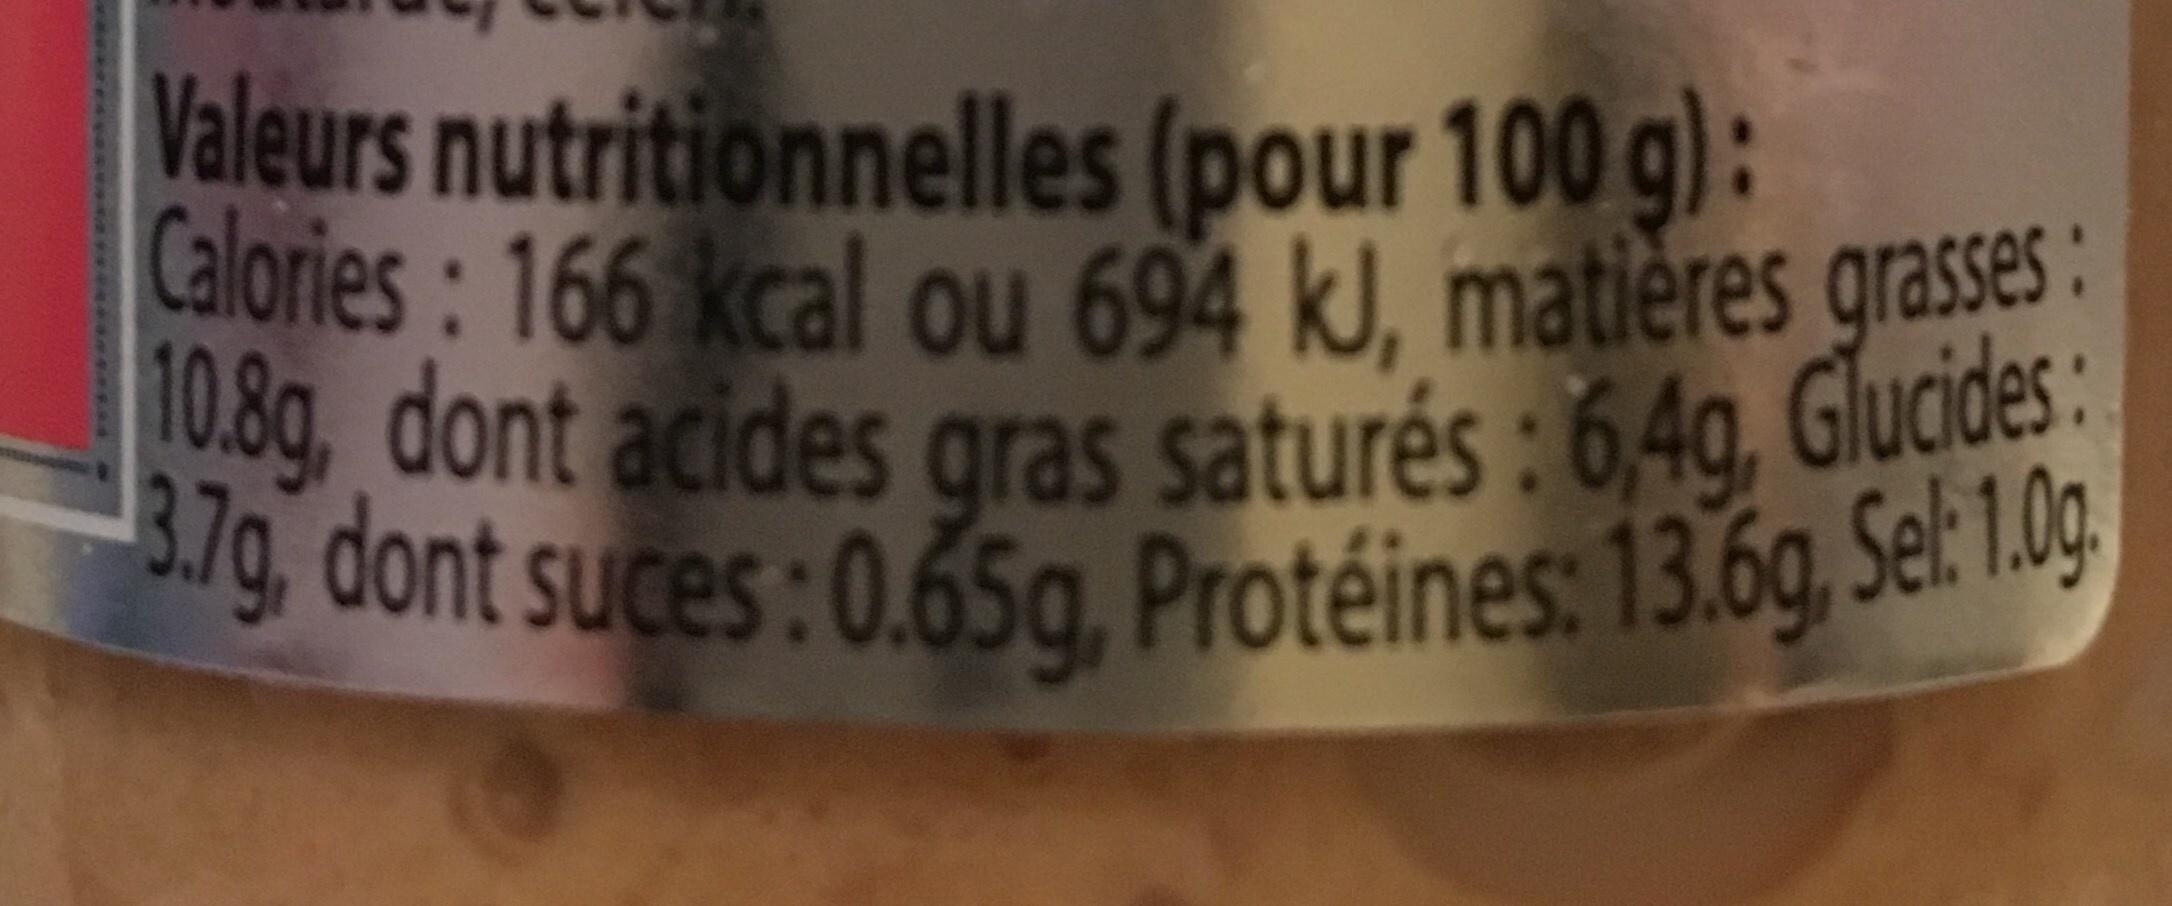
Valeurs nutritionnelles (pour 100 g): Calories: 166 kcal ou 694 kJ, matières grasses: 10.8g, dont acides gras saturés: 6,4g, Glucides: 3.7g, dont suces: 0.65g, Protéines: 13.6g, Sel: 1.0g